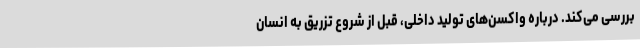
بررسی می‌کند. درباره واکسن‌های تولید داخلی، قبل از شروع تزریق به انسان